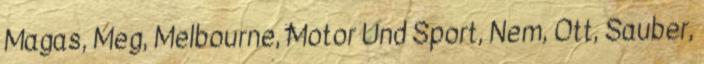
Magas, Meg, Melbourne, Motor Und Sport, Nem, Ott, Sauber,